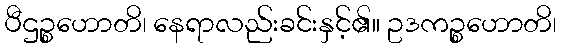
ပီဌဉ္စဟောတိ၊ နေရာလည်းခင်းနှင့်၏။ ဥဒကဉ္စဟောတိ၊